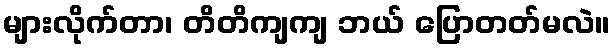
များလိုက်တာ၊ တိတိကျကျ ဘယ် ပြောတတ်မလဲ။